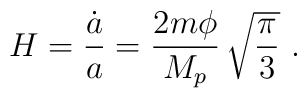
H  ={\dot a \over a}   ={2m\phi\over M_p}\, \sqrt { \pi  \over 3} \   .